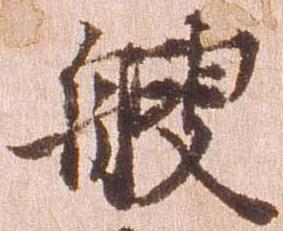
艘